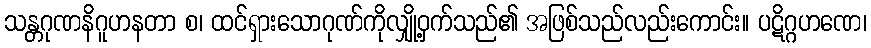
သန္တဂုဏနိဂူဟနတာ စ၊ ထင်ရှားသောဂုဏ်ကိုလျှို့ဝှက်သည်၏ အဖြစ်သည်လည်းကောင်း။ ပဋိဂ္ဂဟဏေ၊